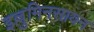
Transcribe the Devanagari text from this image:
इल्लुमिनसायन